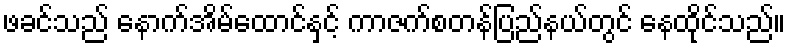
ဖခင်သည် နောက်အိမ်ထောင်နှင့် ကာဇက်စတန်ပြည်နယ်တွင် နေထိုင်သည်။